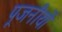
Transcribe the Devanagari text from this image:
पूजनीयों